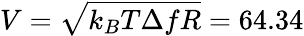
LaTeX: V=\sqrt{k_{B}T\Delta fR}=64.34